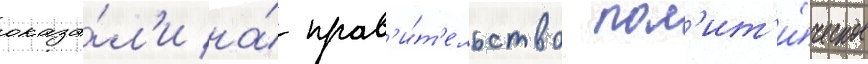
оказа́л'и на́ прав'и́т'ельство пол'ит'и́ческое